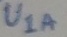
Text: U1A